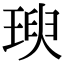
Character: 𤧙